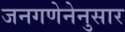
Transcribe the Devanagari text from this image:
जनगणेनेनुसार